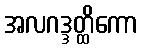
အလဂဒ္ဒတ္ထိကော